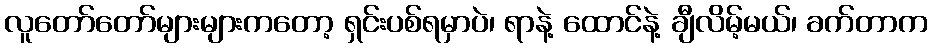
လူတော်တော်များများကတော့ ရှင်းပစ်ရမှာပဲ၊ ရာနဲ့ ထောင်နဲ့ ချီလိမ့်မယ်၊ ခက်တာက